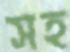
সহ